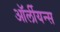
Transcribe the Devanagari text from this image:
ऑर्लीयन्स